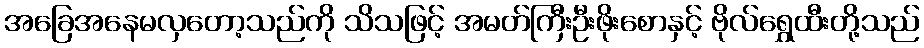
အခြေအနေမလှတော့သည်ကို သိသဖြင့် အမတ်ကြီးဦးဖိုးစောနှင့် ဗိုလ်ရွှေထီးတို့သည်